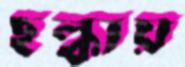
ছল্‌কায়